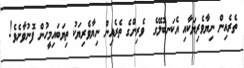
ތެރެއިން ނިޔާވެރިޔަކާއި އެކަނބުލޭގެ  ވެރިންގެ ތެރެއިން ނިޔާވެރިޔަކު ތިޔަބައިމީހުން ފޮނުވާށެވެ!